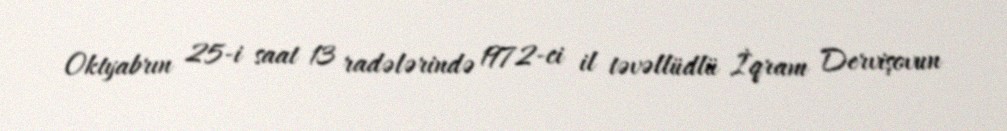
Oktyabrın 25-i saat 13 radələrində 1972-ci il təvəllüdlü İqram Dervişovun